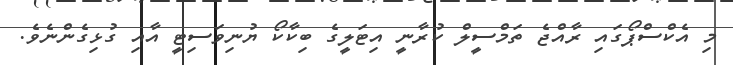
މި އެކްސްޕޯގައި ރާއްޖެ ތަމްސީލް ކުރާނީ އިޓަލީގެ ބިކާކޯ ޔުނިވަސިޓީ އާއި ގުޅިގެންނެވެ.